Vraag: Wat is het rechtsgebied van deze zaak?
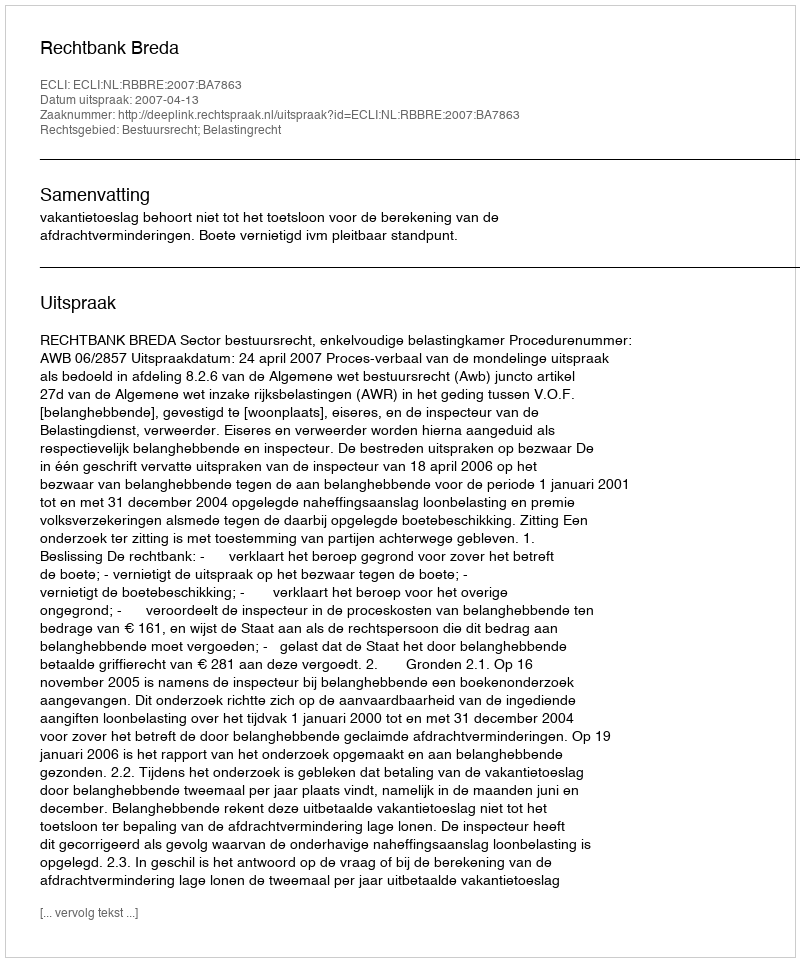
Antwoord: Bestuursrecht; Belastingrecht